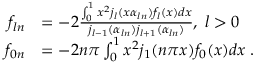
\begin{array} { r l } { f _ { l n } } & { = - 2 \frac { \int _ { 0 } ^ { 1 } x ^ { 2 } j _ { l } ( x \alpha _ { l n } ) f _ { l } ( x ) d x } { j _ { l - 1 } ( \alpha _ { l n } ) j _ { l + 1 } ( \alpha _ { l n } ) } , \; l > 0 } \\ { f _ { 0 n } } & { = - 2 n \pi \int _ { 0 } ^ { 1 } x ^ { 2 } j _ { 1 } ( n \pi x ) f _ { 0 } ( x ) d x \; . } \end{array}